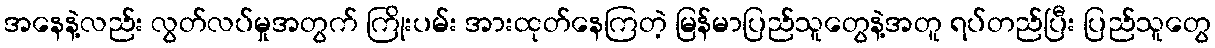
အနေနဲ့လည်း လွတ်လပ်မှုအတွက် ကြိုးပမ်း အားထုတ်နေကြတဲ့ မြန်မာပြည်သူတွေနဲ့အတူ ရပ်တည်ပြီး ပြည်သူတွေ